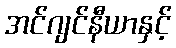
အင်ဂျင်နီယာနှင့်